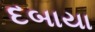
દબાયા